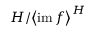
H / { \left\langle \operatorname { i m } f \right\rangle } ^ { H }